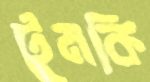
টুমকি